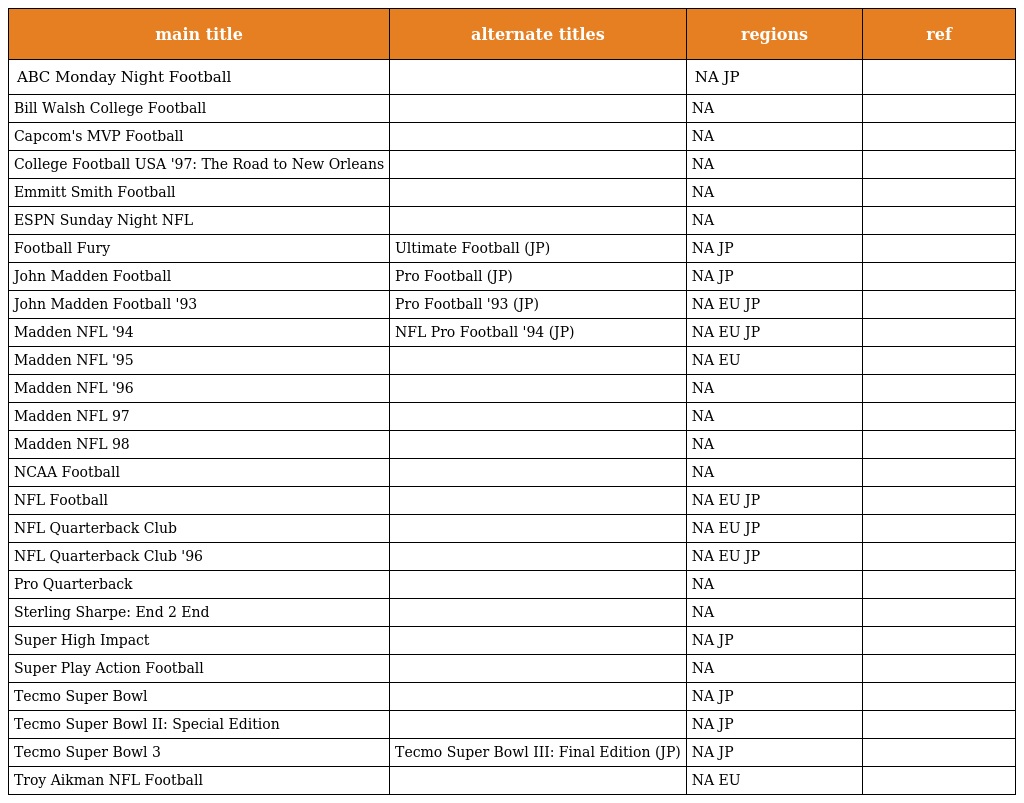
| main title | alternate titles | regions | ref |
 | --- | --- | --- | --- |
 | ABC Monday Night Football |  | NA JP |  |
 | Bill Walsh College Football |  | NA |  |
 | Capcom's MVP Football |  | NA |  |
 | College Football USA '97: The Road to New Orleans |  | NA |  |
 | Emmitt Smith Football |  | NA |  |
 | ESPN Sunday Night NFL |  | NA |  |
 | Football Fury | Ultimate Football (JP) | NA JP |  |
 | John Madden Football | Pro Football (JP) | NA JP |  |
 | John Madden Football '93 | Pro Football '93 (JP) | NA EU JP |  |
 | Madden NFL '94 | NFL Pro Football '94 (JP) | NA EU JP |  |
 | Madden NFL '95 |  | NA EU |  |
 | Madden NFL '96 |  | NA |  |
 | Madden NFL 97 |  | NA |  |
 | Madden NFL 98 |  | NA |  |
 | NCAA Football |  | NA |  |
 | NFL Football |  | NA EU JP |  |
 | NFL Quarterback Club |  | NA EU JP |  |
 | NFL Quarterback Club '96 |  | NA EU JP |  |
 | Pro Quarterback |  | NA |  |
 | Sterling Sharpe: End 2 End |  | NA |  |
 | Super High Impact |  | NA JP |  |
 | Super Play Action Football |  | NA |  |
 | Tecmo Super Bowl |  | NA JP |  |
 | Tecmo Super Bowl II: Special Edition |  | NA JP |  |
 | Tecmo Super Bowl 3 | Tecmo Super Bowl III: Final Edition (JP) | NA JP |  |
 | Troy Aikman NFL Football |  | NA EU |  |